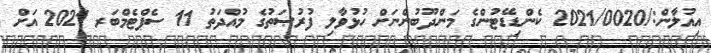
އިއުލާން:/2021/0020 ކެންޑިޑޭޓުންގެ މަންދޫބުންނަށް ހުޅުވާލި ފުރުޞަތުގެ މުއްދަތު 11 ސެޕްޓެމްބަރ 2021 އަށް